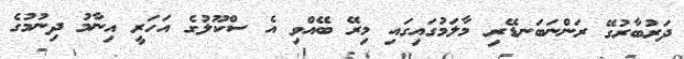
ދަރުބާރުގޭ ރަންނަބަނޑޭރި މާލަމުގައިގައި މިރޭ ބޭއްވި އެ ސްކޫލުގެ އަހަރީ އިނާމު ދިނުމުގެ